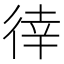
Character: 𢔛